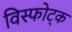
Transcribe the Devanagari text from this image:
विस्फोट्क